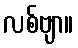
လစ်ဗျာ။